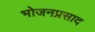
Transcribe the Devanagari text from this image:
भोजनप्रसाद